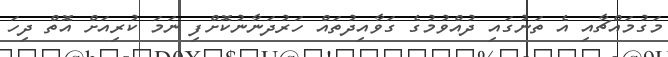
މަގުމައްޗާއި އެ ތަނުގައި ދުއްވުމުގެ ގަވާއިދުތައް ހަރުދަނާނުކޮށްފި ނަމަ ކުރިއަށް އޮތް ދިހަ